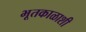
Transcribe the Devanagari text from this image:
भूतकाळाशी